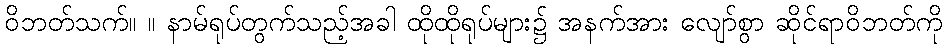
ဝိဘတ်သက်။ ။ နာမ်ရုပ်တွက်သည့်အခါ ထိုထိုရုပ်များ၌ အနက်အား လျော်စွာ ဆိုင်ရာဝိဘတ်ကို